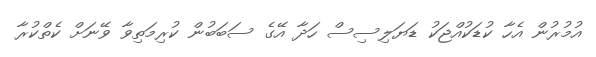
އުމުރުން އެހާ ކުޑަކުއްޖަކު ޑަޔަލިސިސް ހަދާ އޭގެ ސަބަބުން ކުރިމަތިވާ ވޭނަށް ކެތްކުރާ